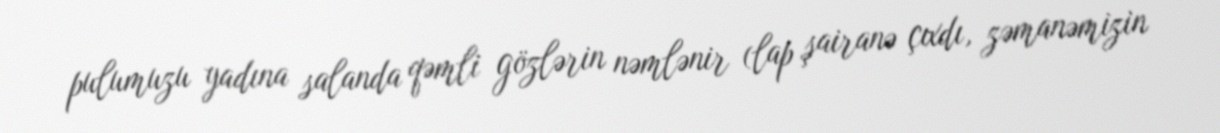
pulumuzu yadına salanda qəmli gözlərin nəmlənir (lap şairanə çıxdı, zəmanəmizin